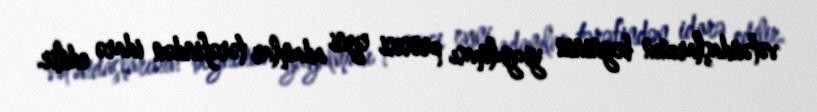
vətəndaşlarının beyninin yuyulması prosesi eyni adamlar tərəfindən idarə edilir.